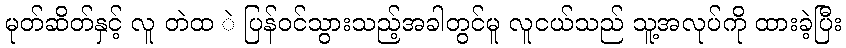
မုတ်ဆိတ်နှင့် လူ တဲထ ဲ ပြန်ဝင်သွားသည့်အခါတွင်မူ လူငယ်သည် သူ့အလုပ်ကို ထားခဲ့ပြီး